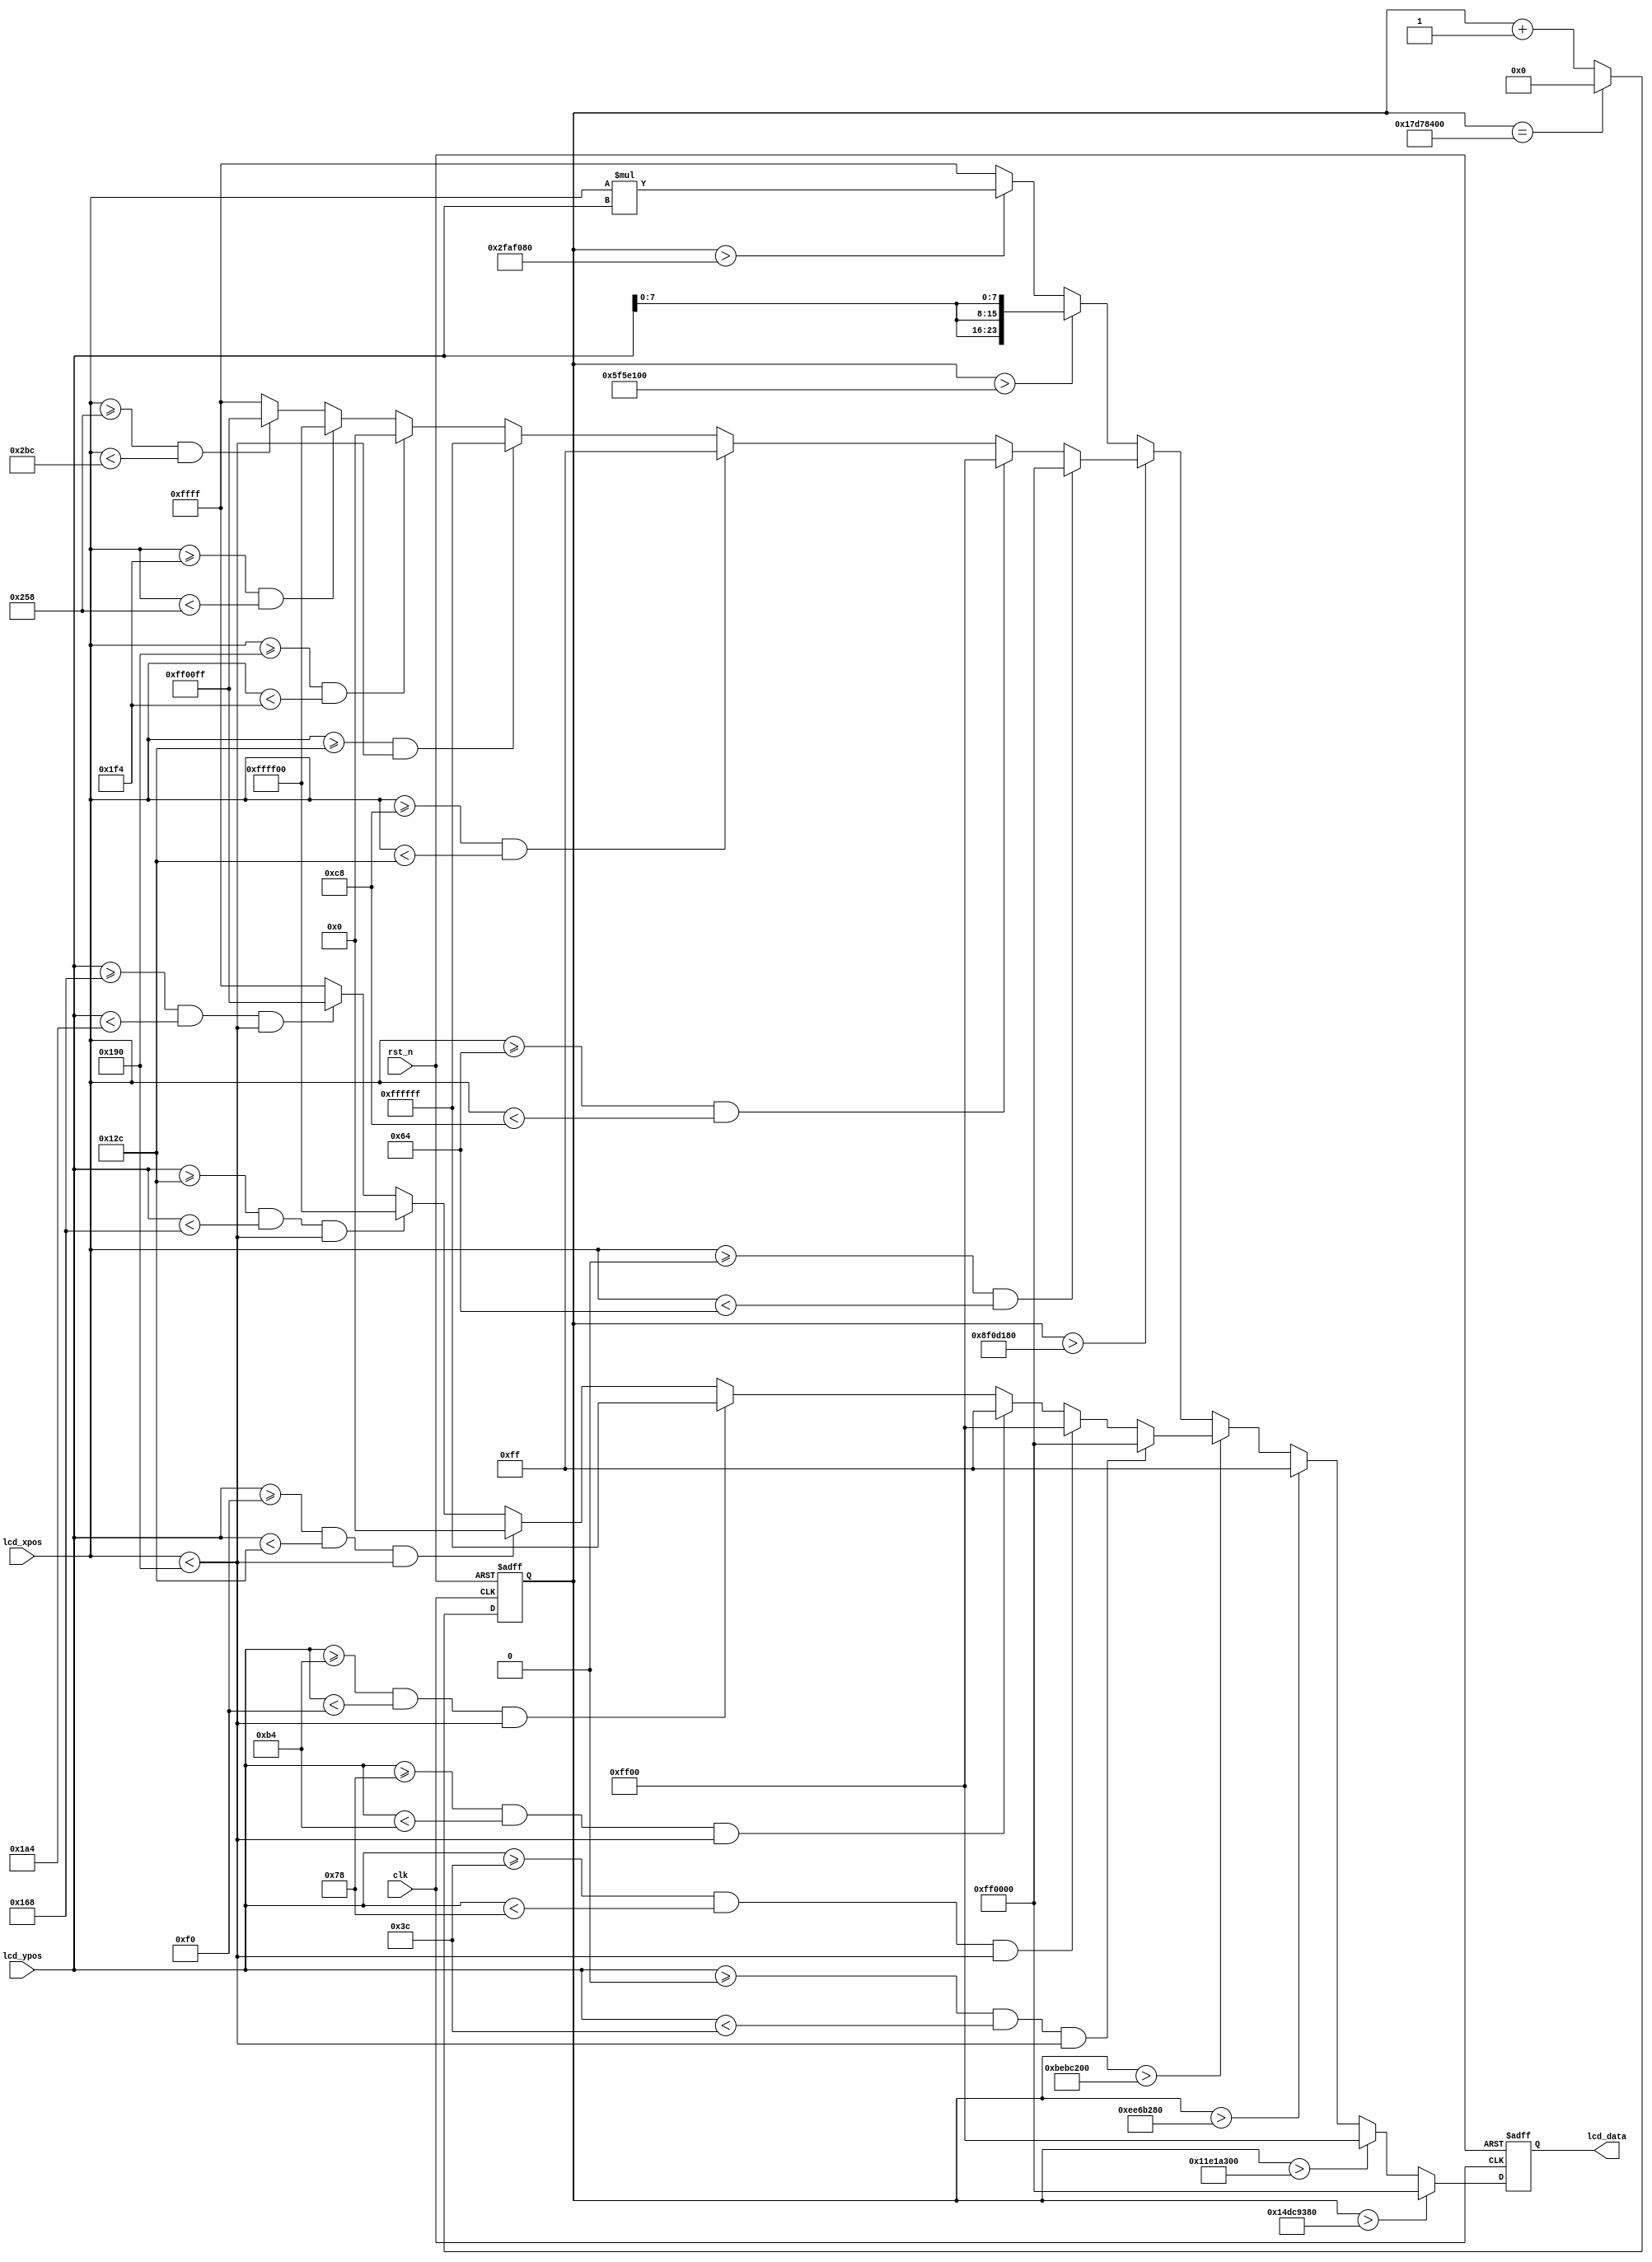
`timescale 1ns/1ns

module lcd_data
#(
	parameter H_DISP = 800,
	parameter V_DISP = 480
)
( 
	input  wire	 		clk,	
	input  wire			rst_n,	
	input  wire	[11:0]	lcd_xpos,	//lcd horizontal coordinate
	input  wire	[11:0]	lcd_ypos,	//lcd vertical coordinate
	
	output reg  [23:0]	lcd_data	//lcd data
);

reg [28:0] clk50M_CNT;

always @(posedge clk or negedge rst_n) begin
	if(!rst_n) begin
		clk50M_CNT <= 0;
	end
	else begin
		if (clk50M_CNT==50_000_000*8) begin
			clk50M_CNT<=0;
		end
		else 
		clk50M_CNT <= clk50M_CNT+1'b1;
	end
end






// Define colors RGB--8|8|8
`define RED		24'hFF0000 
`define GREEN	24'h00FF00 
`define BLUE  	24'h0000FF 
`define WHITE 	24'hFFFFFF 
`define BLACK 	24'h000000 
`define YELLOW	24'hFFFF00 
`define CYAN  	24'hFF00FF 
`define ROYAL 	24'h00FFFF 

// Define Display Mode
//`define	VGA_HORIZONTAL_COLOR
//`define	VGA_VERTICAL_COLOR
// `define	VGA_GRAY_GRAPH
 //`define	VGA_GRAFTAL_GRAPH
`define	TIME_COLOR


`ifdef VGA_HORIZONTAL_COLOR
always@(posedge clk or negedge rst_n)
begin
	if(!rst_n)
		lcd_data <= 24'h0;
	else
		begin
		if	(lcd_ypos >= 0 && lcd_ypos < (V_DISP/8)*1  && lcd_xpos < (H_DISP/8)*4)
			lcd_data <= `RED;
		else if(lcd_ypos >= (V_DISP/8)*1 && lcd_ypos < (V_DISP/8)*2  && lcd_xpos < (H_DISP/8)*4)
			lcd_data <= `GREEN;
		else if(lcd_ypos >= (V_DISP/8)*2 && lcd_ypos < (V_DISP/8)*3  && lcd_xpos < (H_DISP/8)*4)
			lcd_data <= `BLUE;
		else if(lcd_ypos >= (V_DISP/8)*3 && lcd_ypos < (V_DISP/8)*4  && lcd_xpos < (H_DISP/8)*4)
			lcd_data <= `WHITE;
		else if(lcd_ypos >= (V_DISP/8)*4 && lcd_ypos < (V_DISP/8)*5  && lcd_xpos < (H_DISP/8)*4)
			lcd_data <= `BLACK;
		else if(lcd_ypos >= (V_DISP/8)*5 && lcd_ypos < (V_DISP/8)*6 && lcd_xpos < (H_DISP/8)*4 )
			lcd_data <= `YELLOW;
		else if(lcd_ypos >= (V_DISP/8)*6 && lcd_ypos < (V_DISP/8)*7  && lcd_xpos < (H_DISP/8)*4)
			lcd_data <= `CYAN;
		else
			lcd_data <= `ROYAL;
		end
end
`endif

`ifdef VGA_VERTICAL_COLOR
always@(posedge clk or negedge rst_n)
begin
	if(!rst_n)
		lcd_data <= 24'h0;
	else
		begin
		if	(lcd_xpos >= 0 && lcd_xpos < (H_DISP/8)*1)
			lcd_data <= `RED;
		else if(lcd_xpos >= (H_DISP/8)*1 && lcd_xpos < (H_DISP/8)*2)
			lcd_data <= `GREEN;
		else if(lcd_xpos >= (H_DISP/8)*2 && lcd_xpos < (H_DISP/8)*3)
			lcd_data <= `BLUE;
		else if(lcd_xpos >= (H_DISP/8)*3 && lcd_xpos < (H_DISP/8)*4)
			lcd_data <= `WHITE;
		else if(lcd_xpos >= (H_DISP/8)*4 && lcd_xpos < (H_DISP/8)*5)
			lcd_data <= `BLACK;
		else if(lcd_xpos >= (H_DISP/8)*5 && lcd_xpos < (H_DISP/8)*6)
			lcd_data <= `YELLOW;
		else if(lcd_xpos >= (H_DISP/8)*6 && lcd_xpos < (H_DISP/8)*7)
			lcd_data <= `CYAN;
		else
			lcd_data <= `ROYAL;
		end
end
`endif

`ifdef VGA_GRAFTAL_GRAPH
always@(posedge clk or negedge rst_n)
begin
	if(!rst_n)
		lcd_data <= 24'h0;
	else
		lcd_data <= lcd_xpos * lcd_ypos;
end
`endif


`ifdef TIME_COLOR
always@(posedge clk or negedge rst_n)
begin
	if(!rst_n)
		lcd_data <= 24'h0;
	else
		begin
		if	(clk50M_CNT>50_000_000*7)
			lcd_data <= `RED;
		else if(clk50M_CNT>50_000_000*6)
			lcd_data <= `GREEN;
		else if(clk50M_CNT>50_000_000*5)
			lcd_data <= `BLUE;
		else if(clk50M_CNT>50_000_000*4)
		begin
		if	(lcd_ypos >= 0 && lcd_ypos < (V_DISP/8)*1  && lcd_xpos < (H_DISP/8)*4)
			lcd_data <= `RED;
		else if(lcd_ypos >= (V_DISP/8)*1 && lcd_ypos < (V_DISP/8)*2  && lcd_xpos < (H_DISP/8)*4)
			lcd_data <= `GREEN;
		else if(lcd_ypos >= (V_DISP/8)*2 && lcd_ypos < (V_DISP/8)*3  && lcd_xpos < (H_DISP/8)*4)
			lcd_data <= `BLUE;
		else if(lcd_ypos >= (V_DISP/8)*3 && lcd_ypos < (V_DISP/8)*4  && lcd_xpos < (H_DISP/8)*4)
			lcd_data <= `WHITE;
		else if(lcd_ypos >= (V_DISP/8)*4 && lcd_ypos < (V_DISP/8)*5  && lcd_xpos < (H_DISP/8)*4)
			lcd_data <= `BLACK;
		else if(lcd_ypos >= (V_DISP/8)*5 && lcd_ypos < (V_DISP/8)*6 && lcd_xpos < (H_DISP/8)*4 )
			lcd_data <= `YELLOW;
		else if(lcd_ypos >= (V_DISP/8)*6 && lcd_ypos < (V_DISP/8)*7  && lcd_xpos < (H_DISP/8)*4)
			lcd_data <= `CYAN;
		else
			lcd_data <= `ROYAL;
		end

		else if(clk50M_CNT>50_000_000*3)
		begin begin
		if	(lcd_xpos >= 0 && lcd_xpos < (H_DISP/8)*1)
			lcd_data <= `RED;
		else if(lcd_xpos >= (H_DISP/8)*1 && lcd_xpos < (H_DISP/8)*2)
			lcd_data <= `GREEN;
		else if(lcd_xpos >= (H_DISP/8)*2 && lcd_xpos < (H_DISP/8)*3)
			lcd_data <= `BLUE;
		else if(lcd_xpos >= (H_DISP/8)*3 && lcd_xpos < (H_DISP/8)*4)
			lcd_data <= `WHITE;
		else if(lcd_xpos >= (H_DISP/8)*4 && lcd_xpos < (H_DISP/8)*5)
			lcd_data <= `BLACK;
		else if(lcd_xpos >= (H_DISP/8)*5 && lcd_xpos < (H_DISP/8)*6)
			lcd_data <= `YELLOW;
		else if(lcd_xpos >= (H_DISP/8)*6 && lcd_xpos < (H_DISP/8)*7)
			lcd_data <= `CYAN;
		else
			lcd_data <= `ROYAL;
		end end

		else if(clk50M_CNT>50_000_000*2 )
			lcd_data <= {lcd_ypos[7:0], lcd_ypos[7:0], lcd_ypos[7:0]};
		else if(clk50M_CNT>50_000_000*1)
			lcd_data <= lcd_xpos * lcd_ypos;
		else
			lcd_data <= `ROYAL;
		end
end
`endif

`ifdef VGA_GRAY_GRAPH
always@(posedge clk or negedge rst_n)
begin
	if(!rst_n)
		lcd_data <= 24'h0;
	else
		begin
		if(lcd_ypos < V_DISP/2)
			lcd_data <= {lcd_ypos[7:0], lcd_ypos[7:0], lcd_ypos[7:0]};
		else
			lcd_data <= {lcd_xpos[7:0], lcd_xpos[7:0], lcd_xpos[7:0]};
		end
end
`endif

endmodule